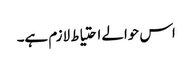
اس حوالے احتیاط لازم ہے۔